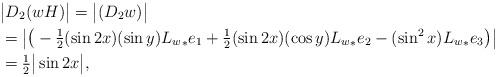
LaTeX: \begin{align*} &\big| D_2(wH) \big| = \big|(D_2 w)^{} \big| \\ &= \big| \big( -\tfrac{1}{2} (\sin{2x})(\sin{y}) {L_w}_{*} e_1 + \tfrac{1}{2} (\sin{2x})(\cos{y}) {L_w}_{*} e_2 - (\sin^2 {x}) {L_w}_{*} e_3 \big)^{} \big| \\ &= \tfrac{1}{2} \big| \sin{2x} \big|,\end{align*}